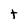
Character: t